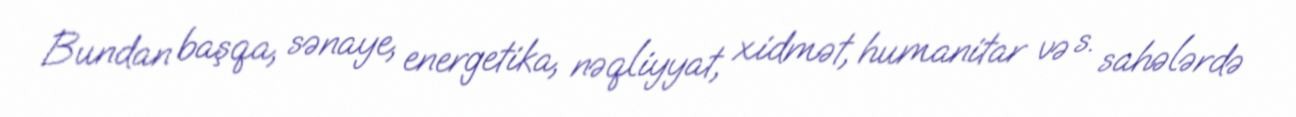
Bundan başqa, sənaye, energetika, nəqliyyat, xidmət, humanitar və s. sahələrdə